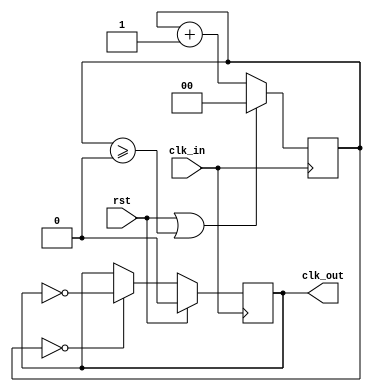
module clk_div #(
    parameter FACTOR = 1
    )(
    input      clk_in,
    input      rst,
    output reg clk_out
    );

    localparam WIDTH = ((FACTOR%2==0)?$clog2(FACTOR)+1:$clog2(FACTOR));
    
    reg [WIDTH-1:0] counter;

    // Counter with active high reset
    always @(posedge clk_in) begin
        if(rst || (counter >= (FACTOR-1))) begin
            counter <= {WIDTH{1'b0}};
        end else begin
            counter <= counter + 1'b1;
        end

        if(rst) begin
            clk_out <= 1'b0;
        end else if(counter == (FACTOR-1)) begin
            clk_out <= !clk_out;
        end
    end
endmodule